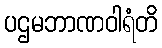
ပဌမဘာဏဝါရံတိ